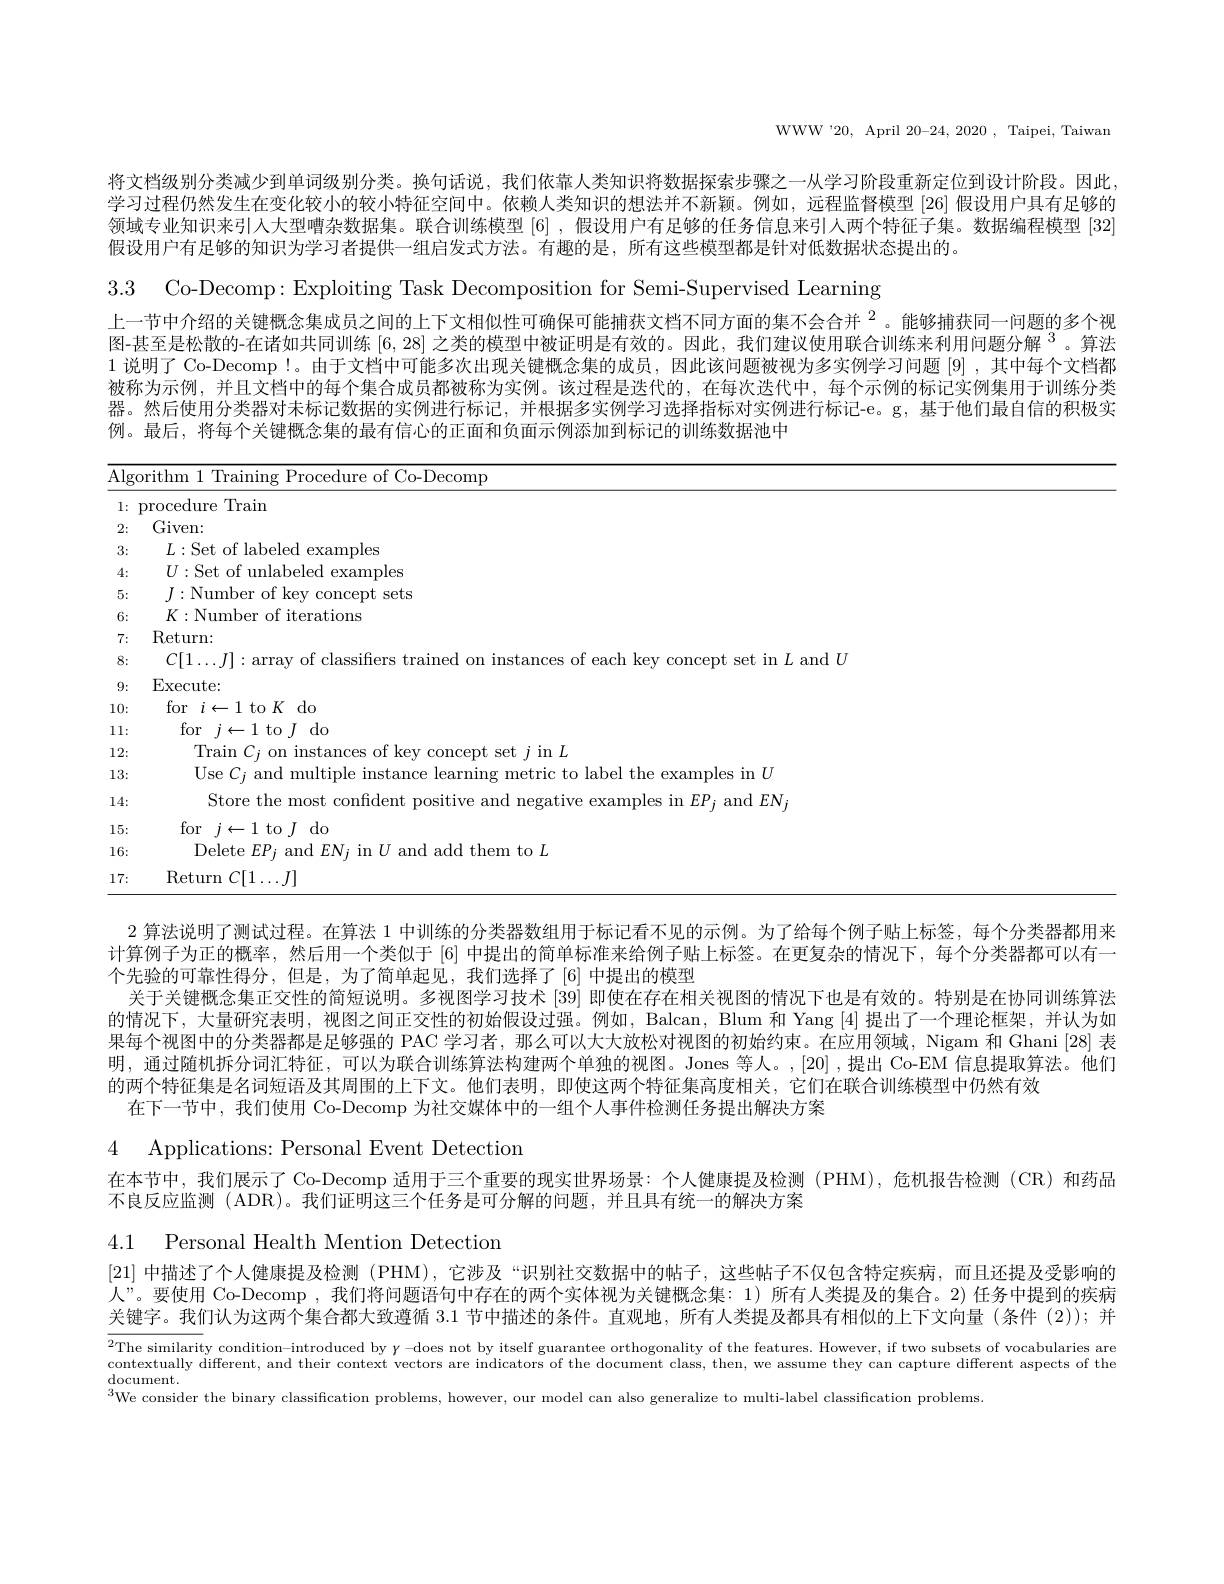
WWW'20, April 20-24, 2020 , Taipei, Taiwan

将文档级别分类减少到单词级别分类。换句话说，我们依靠人类知识将数据探索步骤之一从学习阶段重新定位到设计阶段。因此， 学习过程仍然发生在变化较小的较小特征空间中。依赖人类知识的想法并不新颖。例如，远程监督模型 [26]假设用户具有足够的领域专业知识来引人大型嘈杂数据集。联合训练模型[6] ,假设用户有足够的任务信息来引人两个特征子集。数据编程模型 [32] 假设用户有足够的知识为学习者提供一组启发式方法。有趣的是，所有这些模型都是针对低数据状态提出的。
3.3 Co-Decomp: Exploiting Task Decomposition for Semi-Supervised Learning

上一节中介绍的关键概念集成员之间的上下文相似性可确保可能捕获文档不同方面的集不会合并$^{2}$。能够捕获同一问题的多个视图-甚至是松散的-在诸如共同训练[6,28]之类的模型中被证明是有效的。因此，我们建议使用联合训练来利用问题分解$^{3}$ 。算法1 说明了 Co-Decomp!。由于文档中可能多次出现关键概念集的成员，因此该问题被视为多实例学习问题 [9],其中每个文档都被称为示例，并且文档中的每个集合成员都被称为实例。该过程是迭代的，在每次迭代中，每个示例的标记实例集用于训练分类器。然后使用分类器对未标记数据的实例进行标记，并根据多实例学习选择指标对实例进行标记-e。g,基于他们最自信的积极实例。最后，将每个关键概念集的最右信心的正面和负面示例添加到标记的训练数据池中

<table>
	<tbody>
		<tr>
			<th>$\overline{\mathrm{Alg}}$</th>
			<th>orithm 1 Training Procedure of Co-Decomp</th>
		</tr>
		<tr>
			<td>1: $r$ </td>
			<td>procedure Train</td>
		</tr>
		<tr>
			<td>2:</td>
			<td>Given:</td>
		</tr>
		<tr>
			<td>3:</td>
			<td>$L:$Set of labeled examples</td>
		</tr>
		<tr>
			<td>4:</td>
			<td>$U:$Set of unlabeled examples</td>
		</tr>
		<tr>
			<td>5:</td>
			<td>$J:$Number of key concept sets</td>
		</tr>
		<tr>
			<td>6:</td>
			<td>$K:$Number of iterations</td>
		</tr>
		<tr>
			<td>7:</td>
			<td>$\operatorname{Return:}$</td>
		</tr>
		<tr>
			<td>8:</td>
			<td>$2|1\ldots I|:$arrav vot classihers t of each kev o concept set in $L$ and $U$</td>
		</tr>
		<tr>
			<td>9:</td>
			<td>Execute:</td>
		</tr>
		<tr>
			<td>10:</td>
			<td>for$i\leftarrow1$to$K$do</td>
		</tr>
		<tr>
			<td>11: </td>
			<td>for $j\leftarrow1$ to $J$ do</td>
		</tr>
		<tr>
			<td>12:</td>
			<td>Train $C_{i}$ on instances of key concept set $j$ in $L$</td>
		</tr>
		<tr>
			<td>13:</td>
			<td>Use $C_i$ and multiple instance learning metric to label the examples in $U$</td>
		</tr>
		<tr>
			<td>14:</td>
			<td>Store the most confio tive examples in $EP;$ and $EN$</td>
		</tr>
		<tr>
			<td>15:</td>
			<td>for$j\leftarrow1$to$J$do</td>
		</tr>
		<tr>
			<td>16:</td>
			<td>Delete $EP_{j}$ and $EN_{i}$ in $U$ and add them to $L$</td>
		</tr>
		<tr>
			<td>17: </td>
			<td>$\operatorname{Return}C[1\ldots J]$</td>
		</tr>
	</tbody>
</table>

2算法说明了测试过程。在算法 1 中训练的分类器数组用于标记看不见的示例。为了给每个例子贴上标签，每个分类器都用来计算例子为正的概率，然后用一个类似于[6]中提出的简单标准来给例子贴上标签。在更复杂的情况下，每个分类器都可以有一个先验的可靠性得分，但是，为了简单起见，我们选择了[6]中提出的模型
关于关键概念集正交性的简短说明。多视图学习技术[39]即使在存在相关视图的情况下也是有效的。特别是在协同训练算法的情况下，大量研究表明，视图之间正交性的初始假设过强。例如，Balcan, Blum 和 Yang [4]提出了一个理论框架，并认为如果每个视图中的分类器都是足够强的 PAC 学习者，那么可以大大放松对视图的初始约束。在应用领域，Nigam 和 Ghani[28] 表明，通过随机拆分词汇特征，可以为联合训练算法构建两个单独的视图。Jones 等人。,[20] ,提出 Co-EM 信息提取算法。他们的两个特征集是名词短语及其周围的上下文。他们表明，即使这两个特征集高度相关，它们在联合训练模型中仍然有效
在下一节中，我们使用 Co-Decomp 为社交媒体中的一组个人事件检测任务提出解决方案

4 Applications: Personal Event Detection

在本节中，我们展示了 Co-Decomp 适用于三个重要的现实世界场景：个人健康提及检测 (PHM), 危机报告检测 (CR) 和药品
不良反应监测 (ADR)。我们证明这三个任务是可分解的问题，并且具有统一的解决方案

4.1 Personal Health Mention Detection

[21]中描述了个人健康提及检测 (PHM),它涉及“识别社交数据中的帖子，这些帖子不仅包含特定疾病，而且还提及受影响的人”。要使用 Co-Decomp , 我们将问题语句中存在的两个实体视为关键概念集：1)所有人类提及的集合。2)任务中提到的疾病关键字。我们认为这两个集合都大致遵循 3.1 节中描述的条件。直观地，所有人类提及都具有相似的上下文向量(条件(2));并

$\overline{2\text{The similarity condition-introduced by }\gamma\mathrm{~-does~not~by~itself~guarantee~orthogonality~of~the~features.~However,~if~two~subsets~of~vocabularies~are}}$ contextually different, and their context vectors are indicators of the document class, then, we assume they can capture different aspects of the $^{\text{document.}}$document.$^3$We consider the binary classification problems, however, our model can also generalize to multi-label classification problems